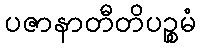
ပဇာနာတီတိပဉ္စမံ